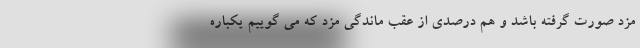
مزد صورت گرفته باشد و هم درصدی از عقب ماندگی مزد که می گوییم یکباره